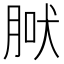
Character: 𦜀